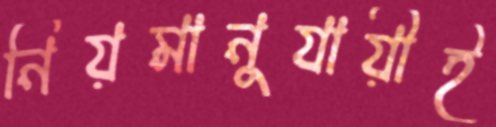
নিয়মানুযায়ীই